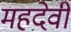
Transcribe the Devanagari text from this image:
महदेवी